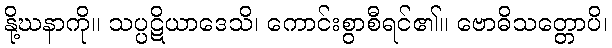
နို့ဃနာကို။ သပ္ပဋိယာဒေသိ၊ ကောင်းစွာစီရင်၏။ ဗောဓိသတ္တောပိ၊